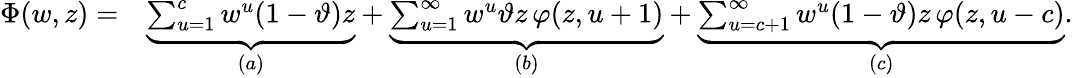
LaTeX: \begin{array}{rl}{\Phi(w,z)=}&{\underbrace{\sum_{u=1}^{c}w^{u}(1-\vartheta)z}_{(a)}+\underbrace{\sum_{u=1}^{\infty}w^{u}\vartheta z\, \varphi(z,u+1)}_{(b)}+\underbrace{\sum_{u=c+1}^{\infty}w^{u}(1-\vartheta)z\, \varphi(z,u-c)}_{(c)}.}\end{array}